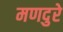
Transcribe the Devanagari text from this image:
मणदुरे